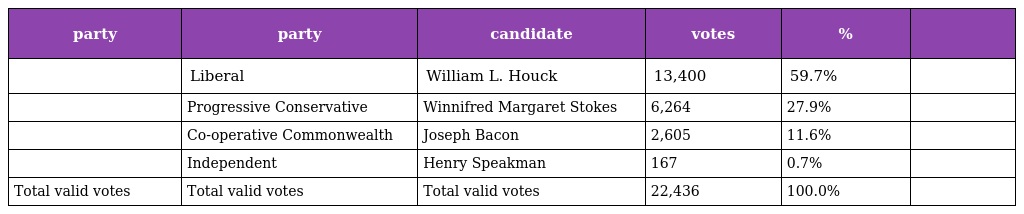
| party | party | candidate | votes | % |  |
 | --- | --- | --- | --- | --- | --- |
 |  | Liberal | William L. Houck | 13,400 | 59.7% |  |
 |  | Progressive Conservative | Winnifred Margaret Stokes | 6,264 | 27.9% |  |
 |  | Co-operative Commonwealth | Joseph Bacon | 2,605 | 11.6% |  |
 |  | Independent | Henry Speakman | 167 | 0.7% |  |
 | Total valid votes | Total valid votes | Total valid votes | 22,436 | 100.0% |  |